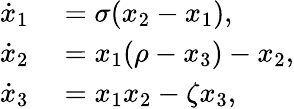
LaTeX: \begin{array}{rl}{\dot{x}_{1}}&{{}=\sigma(x_{2}-x_{1}),}\\ {\dot{x}_{2}}&{{}=x_{1}(\rho-x_{3})-x_{2},}\\ {\dot{x}_{3}}&{{}=x_{1}x_{2}-\zeta x_{3},}\end{array}